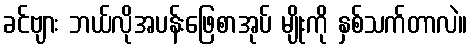
ခင်ဗျား ဘယ်လိုအပန်းဖြေစာအုပ် မျိုးကို နှစ်သက်တာလဲ။